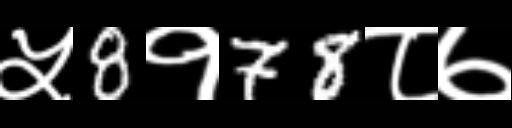
Text: ५8१78८७